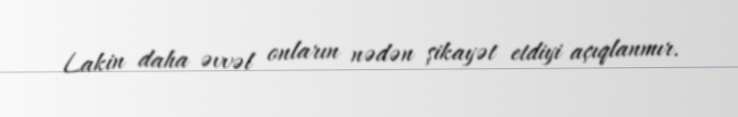
Lakin daha əvvəl onların nədən şikayət etdiyi açıqlanmır.